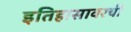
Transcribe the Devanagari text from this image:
इतिहासावरची